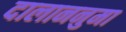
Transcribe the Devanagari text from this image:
दालाननुमा